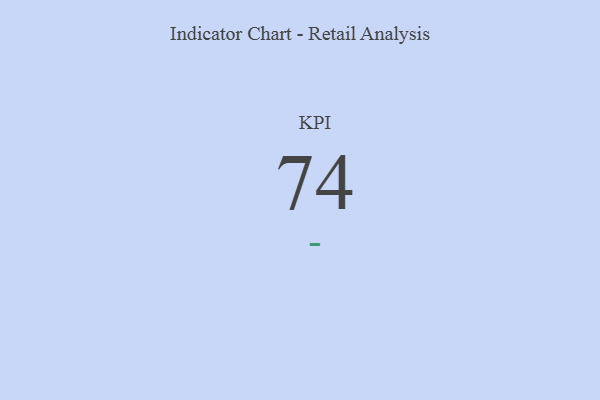
{"axis": {"x": "KPI", "y": "Value"}, "legend": [""], "data": [{"x": "KPI", "y": 74, "type": ""}]}